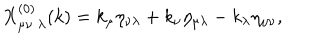
X _ { \mu \nu \; \lambda } ^ { ( 0 ) } ( k ) = k _ { \mu } \eta _ { \nu \lambda } + k _ { \nu } \eta _ { \mu \lambda } - k _ { \lambda } \eta _ { \mu \nu } ,